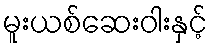
မူးယစ်ဆေးဝါးနှင့်